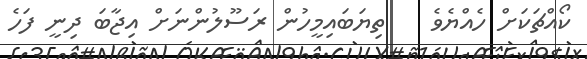
ކޯއްޗަކަށް ހެއްޔެވެ    ތިޔަބައިމީހުން ރަސޫލުންނަށް އިޖާބަ ދިނީ ފަހެ